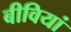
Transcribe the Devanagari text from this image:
बीवियां